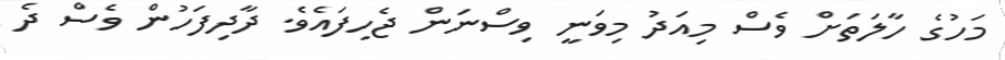
މަހުގެ ހާލަތަށް ވެސް މިއަދު މިވަނީ ވިސްނަން ޖެހިފައެވެ. ދާދިފަހުން ވެސް ދެ